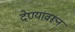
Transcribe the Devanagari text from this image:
देण्यावरून